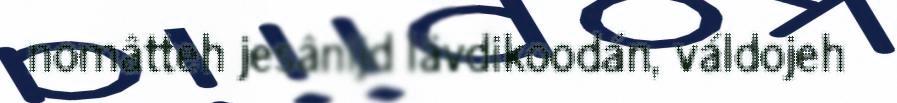
nomâtteh jesânijd lävdikoodán, váldojeh